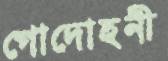
গোদোহনী